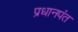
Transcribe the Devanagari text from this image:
प्रधानपंत